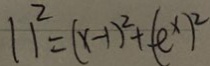
1 1 ^ { 2 } = ( x - 1 ) ^ { 2 } + ( e ^ { x } ) ^ { 2 }